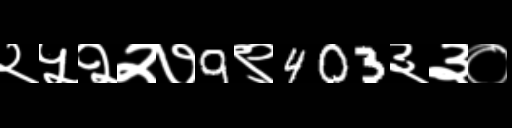
Text: २५२२७9९403३३०